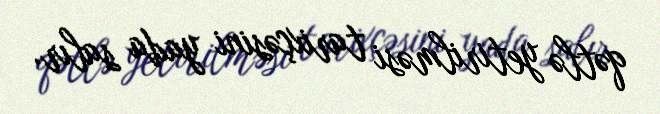
qətlə yetirilməsi tarixçəsini yada salır.